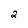
Character: 2